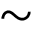
\sim